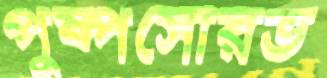
পুষ্পসৌরভ